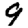
Digit: 9